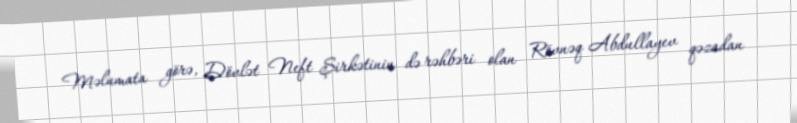
Məlumata görə, Dövlət Neft Şirkətinin də rəhbəri olan Rövnəq Abdullayev qəzadan